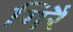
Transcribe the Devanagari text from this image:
गिरै